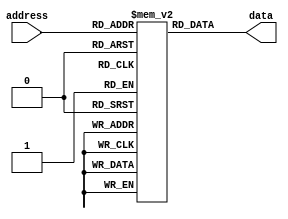
module AntiFuseROM (
    input wire [9:0] address,
    output reg [7:0] data
);

reg [7:0] memory [0:1023];

initial begin
    // Initialize memory with data or instructions
    // Example: memory[0] = 8'b00000001;
end

always @* begin
    data = memory[address];
end

endmodule